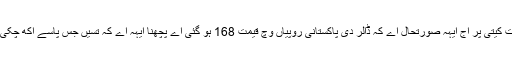
تسیں ڈالر کنٹرول کرن دی ہدایت کیتی پر اج ایہہ صورتحال اے کہ ڈالر دی پاکستانی روپیاں وچ قیمت 168 ہو گئی اے پچھنا ایہہ اے کہ تسیں جس پاسے اکھ چکی تباہی دا کنج آغاز ہو جاندا اے؟